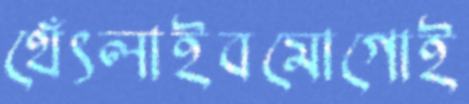
থেঁৎলাইবমোগোই